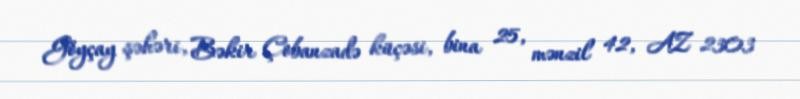
Göyçay şəhəri, Bəkir Çobanzadə küçəsi, bina 25, mənzil 42, AZ 2303